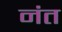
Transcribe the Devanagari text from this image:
नंत